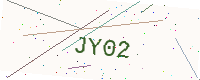
Text: JY02